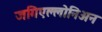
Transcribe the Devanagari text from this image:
जगिएल्लोनिअन